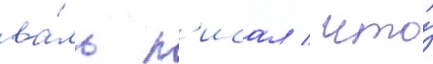
ва́ль п'исал / что́